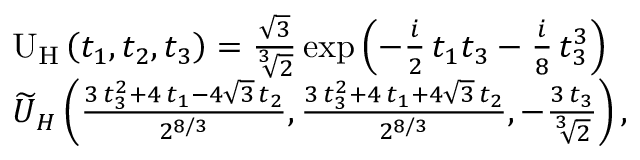
\begin{array} { r l } & { \mathrm { U } _ { \mathrm { H } } \left( t _ { 1 } , t _ { 2 } , t _ { 3 } \right) = \frac { \sqrt { 3 } } { \sqrt [ 3 ] { 2 } } \exp \left( - \frac { i } { 2 } \, t _ { 1 } t _ { 3 } - \frac { i } { 8 } \, t _ { 3 } ^ { 3 } \right) } \\ & { \smash { \widetilde { U } } _ { H } \left( \frac { 3 \, t _ { 3 } ^ { 2 } + 4 \, t _ { 1 } - 4 \sqrt { 3 } \, t _ { 2 } } { 2 ^ { 8 / 3 } } , \frac { 3 \, t _ { 3 } ^ { 2 } + 4 \, t _ { 1 } + 4 \sqrt { 3 } \, t _ { 2 } } { 2 ^ { 8 / 3 } } , - \frac { 3 \, t _ { 3 } } { \sqrt [ 3 ] { 2 } } \right) , } \end{array}